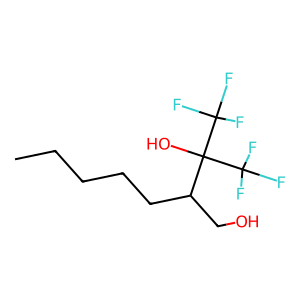
SMILES: CCCCCC(CO)C(O)(C(F)(F)F)C(F)(F)F
Inhibits HIV replication: No